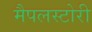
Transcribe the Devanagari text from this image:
मैपलस्टोरी